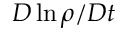
D \ln \rho / D t